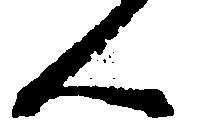
ん